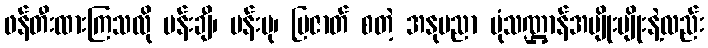
ဖန်တီးထားကြသလို ပန်းချီ၊ ပန်းပု၊ ပြဇာတ် စတဲ့ အနုပညာ ပုံသဏ္ဌာန်အမျိုးမျိုးနဲ့လည်း